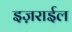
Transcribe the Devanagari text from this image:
इज़राईल